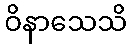
ဝိနာသေသိ